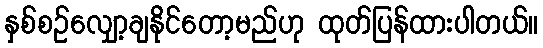
နှစ်စဉ်လျှော့ချနိုင်တော့မည်ဟု ထုတ်ပြန်ထားပါတယ်။